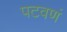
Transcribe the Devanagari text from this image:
पटवणं